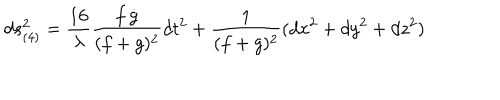
LaTeX: d s _ { ( 4 ) } ^ { 2 } = \frac { 1 6 } { \lambda } \frac { \dot { f } \dot { g } } { ( f + g ) ^ { 2 } } d t ^ { 2 } + \frac { 1 } { ( f + g ) ^ { 2 } } ( d x ^ { 2 } + d y ^ { 2 } + d z ^ { 2 } )